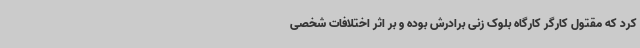
کرد که مقتول کارگر کارگاه بلوک زنی برادرش بوده و بر اثر اختلافات شخصی